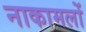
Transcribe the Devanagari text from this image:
नाकामलों